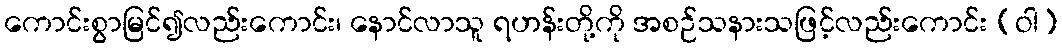
ကောင်းစွာမြင်၍လည်းကောင်း၊ နောင်လာသူ ရဟန်းတို့ကို အစဉ်သနားသဖြင့်လည်းကောင်း (ဝါ)